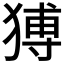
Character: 猼